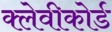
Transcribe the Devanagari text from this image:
क्लेवीकोर्ड